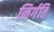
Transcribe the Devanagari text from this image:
निर्गति